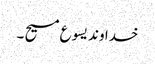
خدا وند یسو ع مسیح ۔